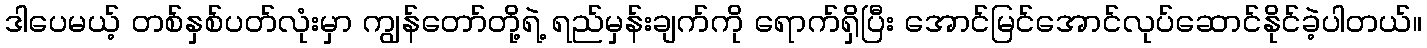
ဒါပေမယ့် တစ်နှစ်ပတ်လုံးမှာ ကျွန်တော်တို့ရဲ့ ရည်မှန်းချက်ကို ရောက်ရှိပြီး အောင်မြင်အောင်လုပ်ဆောင်နိုင်ခဲ့ပါတယ်။